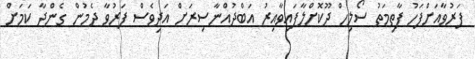
ފަރުވާއަށްފަހު ފާތިމަތު ސޯލިހް ދޫކޮށްލާފައިވާއިރު އަބްދުއްނާސިރަށް އަދިވެސް ފަރުވާ ދެމުން ގެންދާ ކަަމަށް